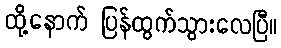
ထို့နောက် ပြန်ထွက်သွားလေပြီ။